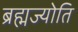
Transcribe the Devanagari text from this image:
ब्रह्मज्योति